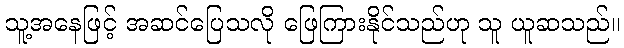
သူ့အနေဖြင့် အဆင်ပြေသလို ဖြေကြားနိုင်သည်ဟု သူ ယူဆသည်။